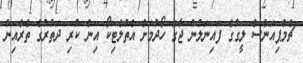
ޗެމްޕިއަންސް ލީގުގެ ފައިނަލުން ޖާގަ ހޯދުމަށް އެތުލެޓިކޯ އިން ކުރި ދަތުރުގެ ތެރެއިން